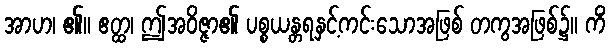
အာဟ၊ ၏။ ဧတ္ထ၊ ဤအဝိဇ္ဇာ၏ ပစ္စယန္တရနှင့်ကင်းသောအဖြစ် တကွအဖြစ်၌။ ကိံ